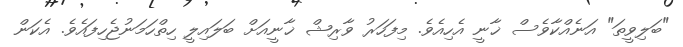
"ބަލިވީތަ" އަނެއްކާވެސް ޚާނީ އެހިއެވެ. މިފަހަރު ވާރިޝް ޚާނީއަށް ބަލައިލީ ހިތްހަމަނުޖެހިފައެވެ. އެކަން